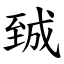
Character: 臹